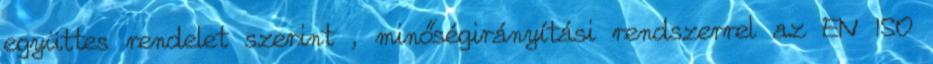
együttes rendelet szerint , minőségirányítási rendszerrel az EN ISO